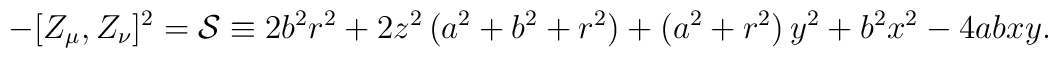
-[Z_\mu,Z_\nu]^2= {\cal S}\equiv2b^2r^2+2z^2\,(a^2+b^2+r^2)+ (a^2+r^2)\,y^2+ b^2x^2-4abxy.